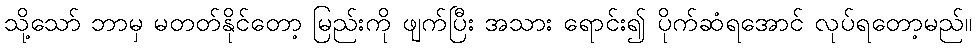
သို့သော် ဘာမှ မတတ်နိုင်တော့ မြည်းကို ဖျက်ပြီး အသား ရောင်း၍ ပိုက်ဆံရအောင် လုပ်ရတော့မည်။